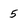
Character: 5